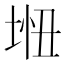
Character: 𫭵